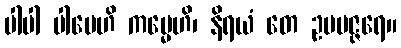
ပါပါ ပါပေဟိ ကမ္မေဟိ၊ နိရယံ တေ ဥပပဇ္ဇရေ။